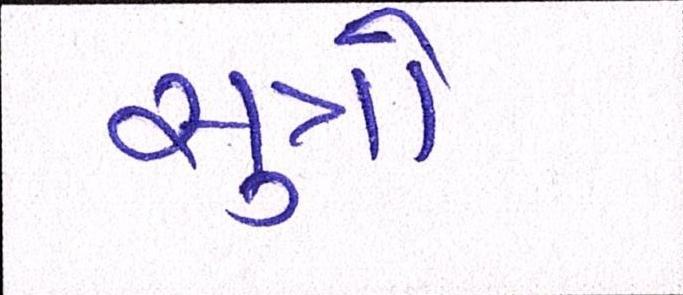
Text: સુત્રો